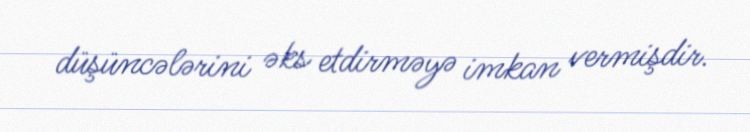
düşüncələrini əks etdirməyə imkan vermişdir.